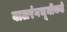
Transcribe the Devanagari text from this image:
बालरंगभूमीकडे